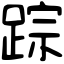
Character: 踪